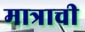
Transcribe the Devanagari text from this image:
मात्राची